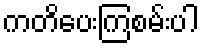
ကတိပေးကြစမ်းပါ